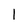
Character: l